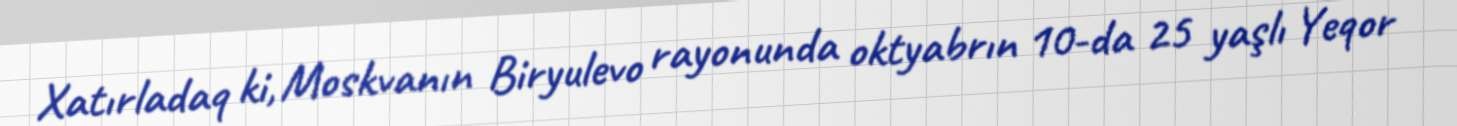
Xatırladaq ki, Moskvanın Biryulevo rayonunda oktyabrın 10-da 25 yaşlı Yeqor